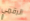
الرقمي